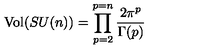
\mathrm { V o l } ( S U ( n ) ) = \prod _ { p = 2 } ^ { p = n } \frac { 2 \pi ^ { p } } { \Gamma ( p ) }